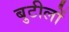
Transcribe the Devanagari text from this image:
बुटीलों